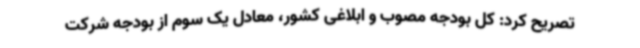
تصریح کرد: کل بودجه مصوب و ابلاغی کشور، معادل یک سوم از بودجه شرکت